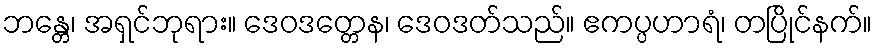
ဘန္တေ၊ အရှင်ဘုရား။ ဒေဝဒတ္တေန၊ ဒေဝဒတ်သည်။ ဧကပ္ပဟာရံ၊ တပြိုင်နက်။